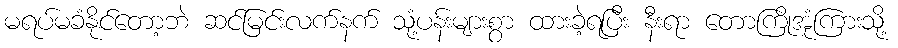
မရပ်မခံနိုင်တော့ဘဲ ဆင်မြင်းလက်နက် သုံ့ပန်းများစွာ ထားခဲ့ရပြီး နီးရာ တောကြိုအုံကြားသို့